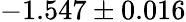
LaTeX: -1.547\pm 0.016